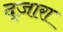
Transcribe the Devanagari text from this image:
द्ज़ारा